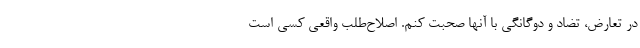
در تعارض، تضاد و دوگانگی با آنها صحبت کنم. اصلاح‌طلب واقعی کسی است